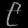
Digit: ၉